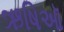
ઋષિઑ